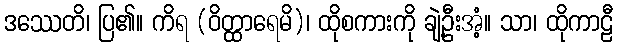
ဒဿေတိ၊ ပြ၏။ ကိရ (ဝိတ္ထာရေမိ)၊ ထိုစကားကို ချဲ့ဦးအံ့။ သာ၊ ထိုကာဠီ